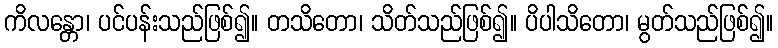
ကိလန္တော၊ ပင်ပန်းသည်ဖြစ်၍။ တသိတော၊ သိတ်သည်ဖြစ်၍။ ပိပါသိတော၊ မွတ်သည်ဖြစ်၍။